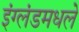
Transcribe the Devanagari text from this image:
इंग्लंडमधले